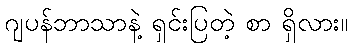
ဂျပန်ဘာသာနဲ့ ရှင်းပြတဲ့ စာ ရှိလား။